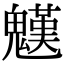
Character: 𩴓